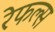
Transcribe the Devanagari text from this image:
रेफल्स